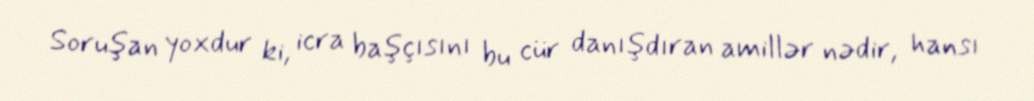
Soruşan yoxdur ki, icra başçısını bu cür danışdıran amillər nədir, hansı